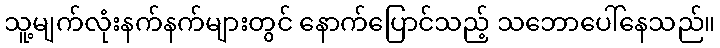
သူ့မျက်လုံးနက်နက်များတွင် နောက်ပြောင်သည့် သဘောပေါ်နေသည်။